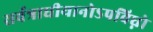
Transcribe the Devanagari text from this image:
सर्वत्राधीयानोऽपविघ्नो